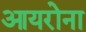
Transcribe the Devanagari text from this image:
आयरोना